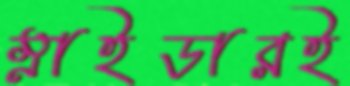
স্নাইডারই